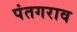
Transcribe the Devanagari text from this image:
पंतगराव